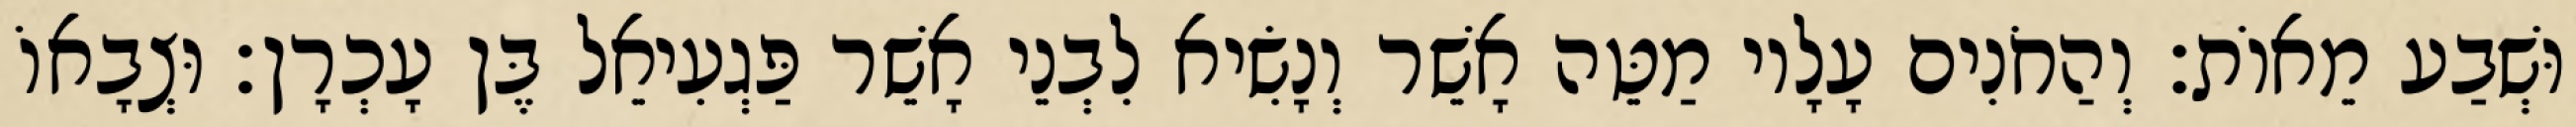
וּשְׁבַע מֵאוֹת׃ וְהַחֹנִים עָלָיו מַטֵּה אָשֵׁר וְנָשִׂיא לִבְנֵי אָשֵׁר פַּגְעִיאֵל בֶּן עָכְרָן׃ וּצְבָאוֹ